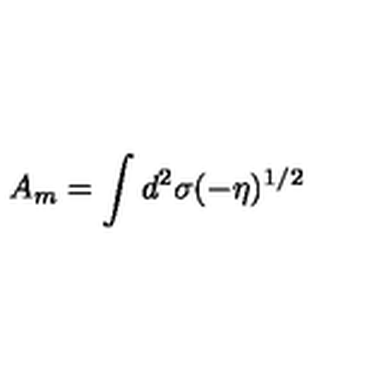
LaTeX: A _ { m } = \int d ^ { 2 } \sigma ( - \eta ) ^ { 1 / 2 }